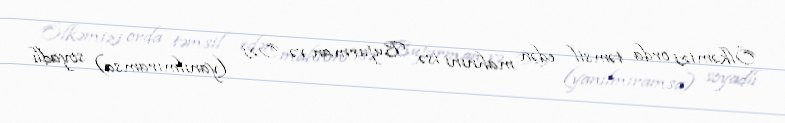
Ölkəmizi orda təmsil edən mahnını isə Bujurman və Ozi (yanılmıramsa) soyadlı